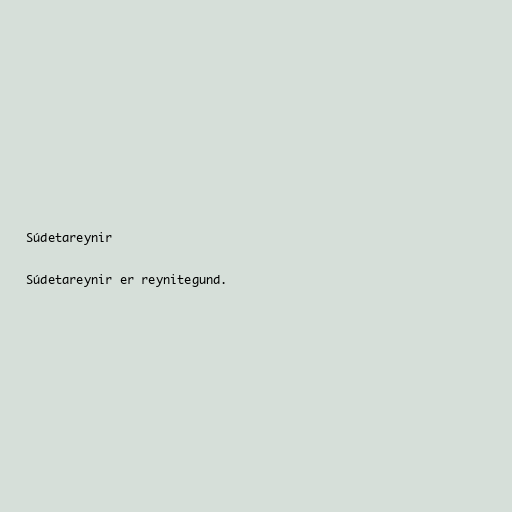
Súdetareynir

Súdetareynir er reynitegund.